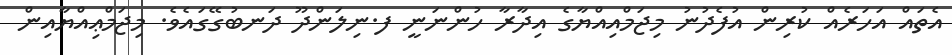
އެތައް އަހަރެއް ކުރިން އުފެދުނު މިޖަމްއިއްޔާގެ އިދާރާ ހުންނަނީ ފ.ނިލަންދޫ ދަނބުގޭގައެވެ. މިޖަމްޢިއްޔާއިން